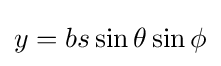
y=bs\sin \theta \sin \phi